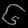
Digit: ၆